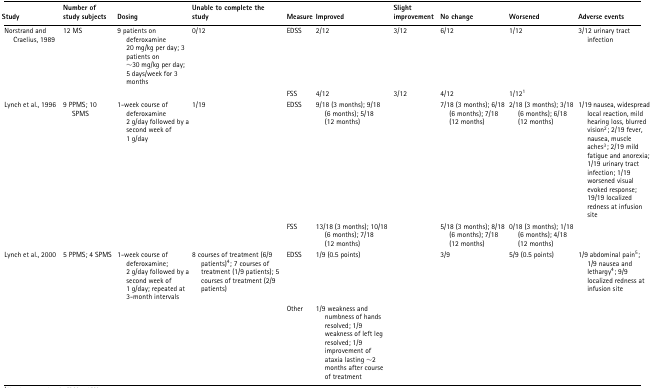
<table><thead><tr><td><b>Study</b></td><td><b>Number of study subjects</b></td><td><b>Dosing</b></td><td><b>Unable to complete the study</b></td><td><b>Measure</b></td><td><b>Improved</b></td><td><b>Slight improvement</b></td><td><b>No change</b></td><td><b>Worsened</b></td><td><b>Adverse events</b></td></tr></thead><tbody><tr><td>Norstrand and Craelius, 1989</td><td>12 MS</td><td>9 patients on deferoxamine 20 mg/kg per day; 3 patients on ~30 mg/kg per day; 5 days/week for 3 months</td><td>0/12</td><td>EDSS</td><td>2/12</td><td>3/12</td><td>6/12</td><td>1/12</td><td>3/12 urinary tract infection</td></tr><tr><td></td><td></td><td></td><td></td><td>FSS</td><td>4/12</td><td>3/12</td><td>4/12</td><td>1/12<sup>1</sup></td><td></td></tr><tr><td>Lynch et al., 1996</td><td>9 PPMS; 10 SPMS</td><td>1-week course of deferoxamine 2 g/day followed by a second week of 1 g/day</td><td>1/19</td><td>EDSS</td><td>9/18 (3 months); 9/18 (6 months); 5/18 (12 months)</td><td></td><td>7/18 (3 months); 6/18 (6 months); 7/18 (12 months)</td><td>2/18 (3 months); 3/18 (6 months); 6/18 (12 months)</td><td>1/19 nausea, widespread local reaction, mild hearing loss, blurred vision<sup>2</sup>; 2/19 fever, nausea, muscle aches<sup>3</sup>; 2/19 mild fatigue and anorexia; 1/19 urinary tract infection; 1/19 worsened visual evoked response; 19/19 localized redness at infusion site</td></tr><tr><td></td><td></td><td></td><td></td><td>FSS</td><td>13/18 (3 months); 10/18 (6 months); 7/18 (12 months)</td><td></td><td>5/18 (3 months); 8/18 (6 months); 7/18 (12 months)</td><td>0/18 (3 months); 1/18 (6 months); 4/18 (12 months)</td><td></td></tr><tr><td>Lynch et al., 2000</td><td>5 PPMS; 4 SPMS</td><td>1-week course of deferoxamine; 2 g/day followed by a second week of 1 g/day; repeated at 3-month intervals</td><td>8 courses of treatment (6/9 patients)<sup>4</sup>; 7 courses of treatment (1/9 patients); 5 courses of treatment (2/9 patients)</td><td>EDSS</td><td>1/9 (0.5 points)</td><td></td><td>3/9</td><td>5/9 (0.5 points)</td><td>1/9 abdominal pain<sup>5</sup>; 1/9 nausea and lethargy<sup>4</sup>; 9/9 localized redness at infusion site</td></tr><tr><td></td><td></td><td></td><td></td><td>Other</td><td>1/9 weakness and numbness of hands resolved; 1/9 weakness of left leg resolved; 1/9 improvement of ataxia lasting ~2 months after course of treatment</td><td></td><td></td><td></td><td></td></tr></tbody></table>